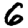
Digit: 6